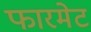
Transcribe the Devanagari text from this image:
फारमेट